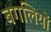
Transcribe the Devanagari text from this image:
बगलियों